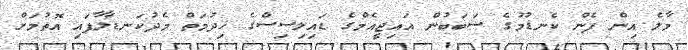
މާލެ އިން ފެން ކެނޑުމުގެ ސަބަބުން އައިޖީއެމްގެ ޑައިލިސިސްގެ ޚިދުމަތް މެދުކަނޑާލާފައި އޮތުމަށް